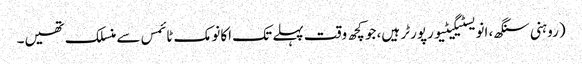
(روہنی سنگھ، انویسٹیگیٹیو رپورٹر ہیں، جو کچھ وقت پہلے تک اکانومک ٹائمس سے منسلک تھیں۔